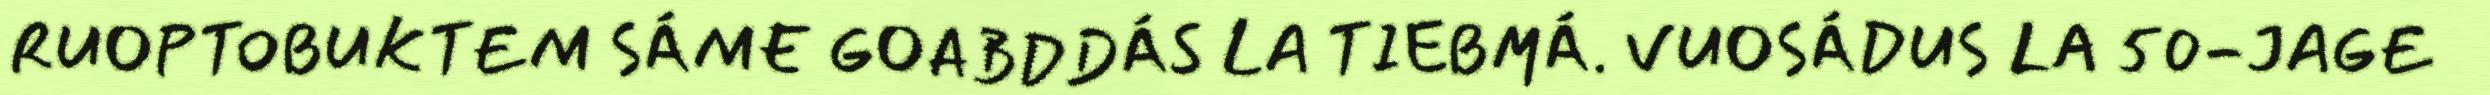
RUOPTOBUKTEM SÁME GOABDDÁS LA TIEBMÁ. VUOSÁDUS LA 50-JAGE